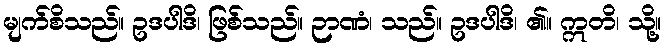
မျက်စိသည်။ ဥဒပါဒိ၊ ဖြစ်သည်။ ဉာဏံ၊ သည်။ ဥဒပါဒိ၊ ၏။ ဣတိ၊ သို့။